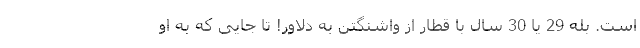
است. بله 29 یا 30 سال با قطار از واشنگتن به دلاور! تا جایی که به او